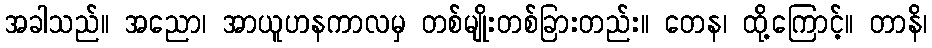
အခါသည်။ အညော၊ အာယူဟနကာလမှ တစ်မျိုးတစ်ခြားတည်း။ တေန၊ ထို့ကြောင့်။ တာနိ၊